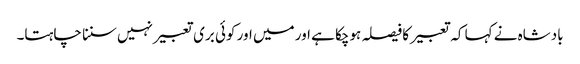
بادشاہ نے کہا کہ تعبیر کا فیصلہ ہوچکا ہے اور میں اور کوئی بری تعبیر نہیں سننا چاہتا۔